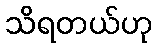
သိရတယ်ဟု